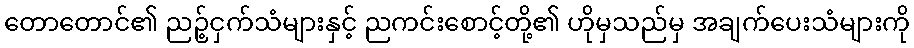
တောတောင်၏ ညဉ့်ငှက်သံများနှင့် ညကင်းစောင့်တို့၏ ဟိုမှသည်မှ အချက်ပေးသံများကို